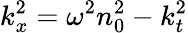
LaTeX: k_{x}^{2}=\omega^{2}n_{0}^{2}-k_{t}^{2}